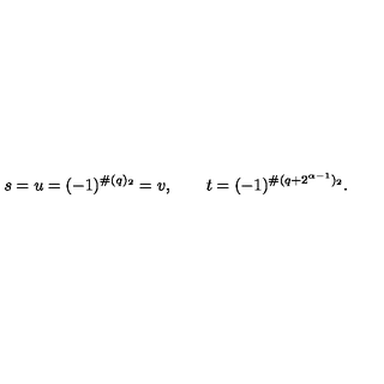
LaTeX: s = u = ( - 1 ) ^ { \# ( q ) _ { 2 } } = v , \qquad t = ( - 1 ) ^ { \# ( q + 2 ^ { \alpha - 1 } ) _ { 2 } } .